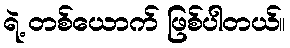
ရဲ့ တစ်ယောက် ဖြစ်ပါတယ်။